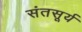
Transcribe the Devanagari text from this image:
संतसूर्य